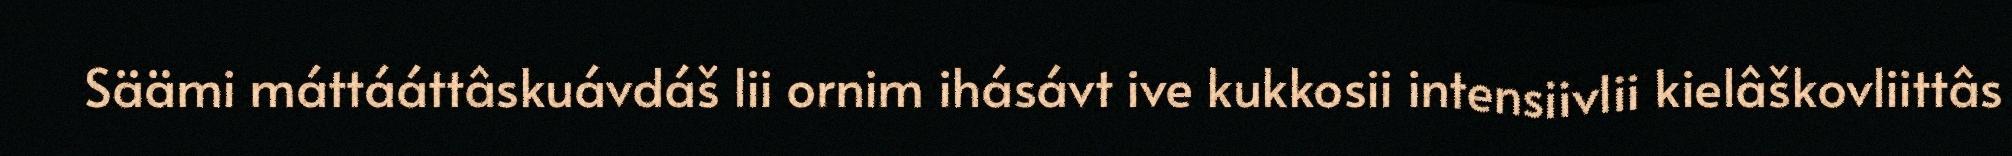
Säämi máttááttâskuávdáš lii ornim ihásávt ive kukkosii intensiivlii kielâškovliittâs